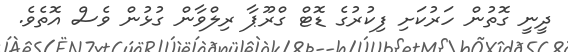
ދީނީ ގޮތުން ހަރުކަށި ފިކުރުގެ ޑޮޓް ގްރޫޕާ ރިލްވާން ގުޅުން ވެސް އޮތެވެ.